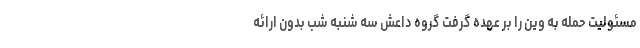
مسئولیت حمله به وین را بر عهده گرفت گروه داعش سه شنبه شب بدون ارائه